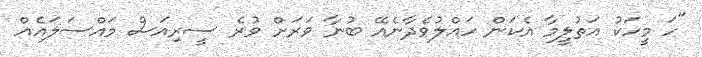
"ހަ މީހަކު އަތުލީމާ އެކަން ހައްލުވެދާނެއޭ ބުނާ ވަރަށް ވުރެ ސީރިއަސް މައްސަލައެއް